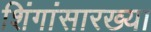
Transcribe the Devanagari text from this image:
शिंगांसारख्या